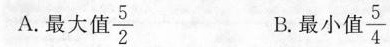
A.最大值号\frac{5}{2} B.最小值\frac{5}{4}